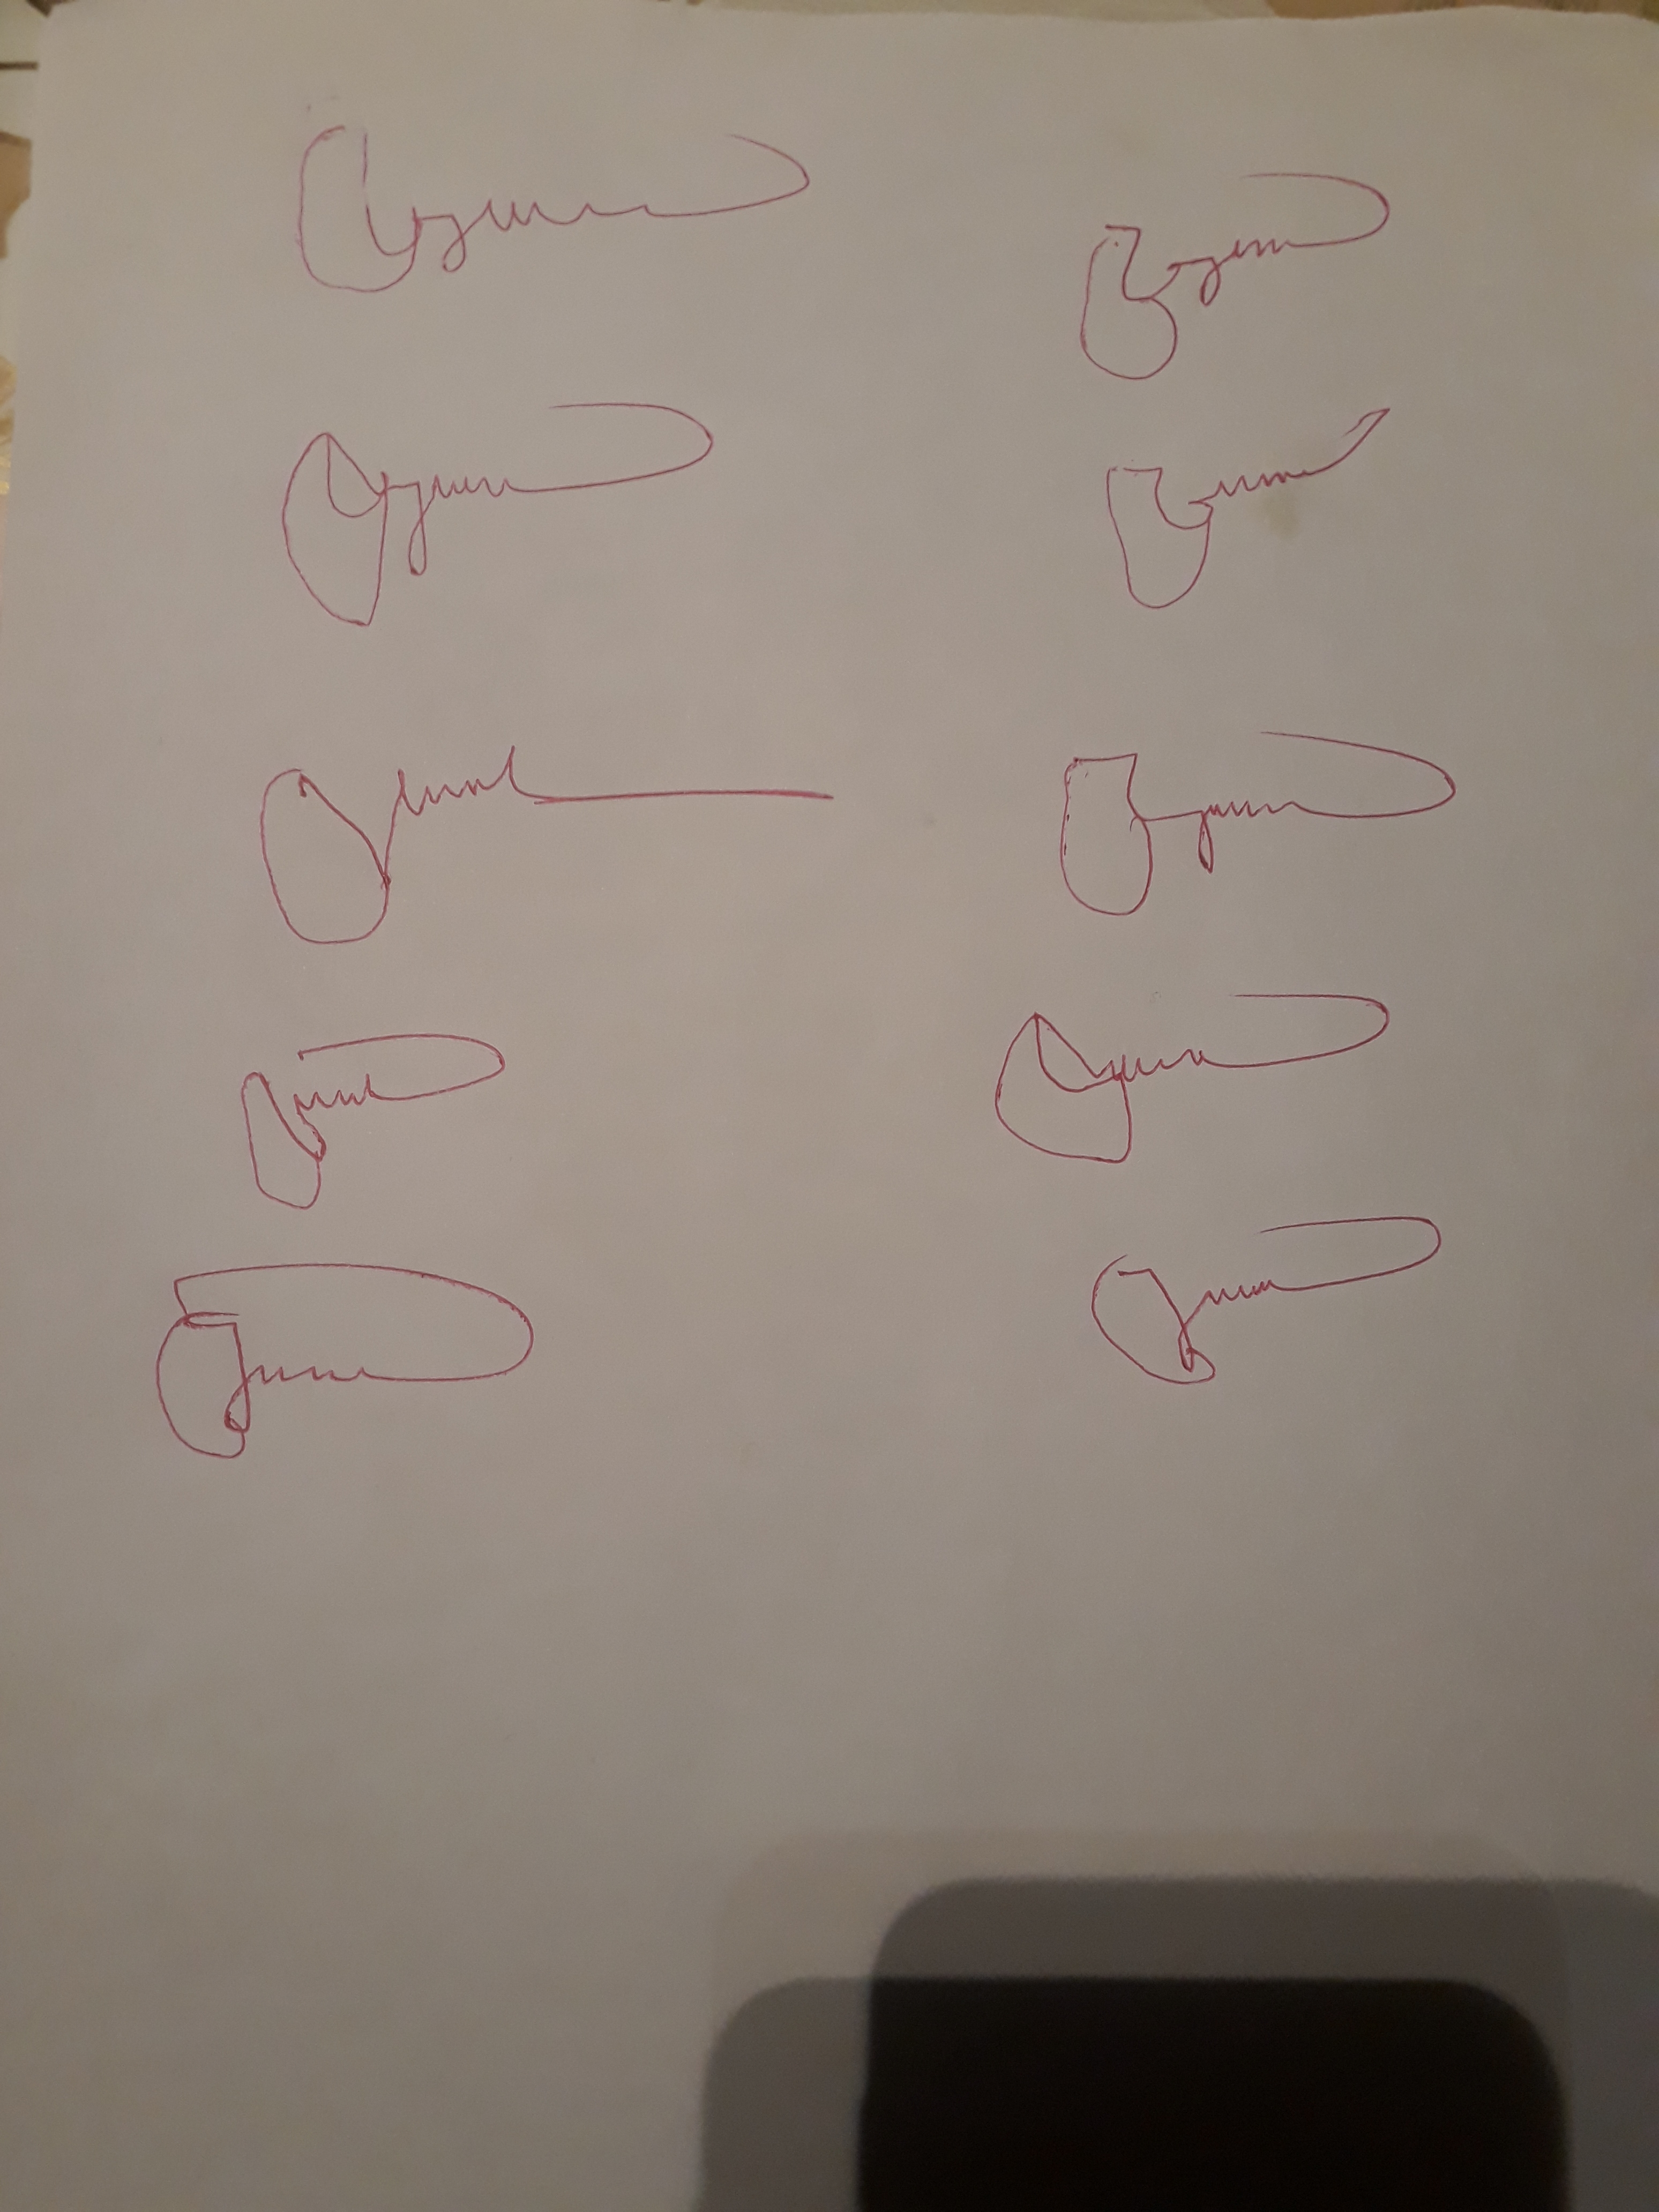
Signature authenticity: forged